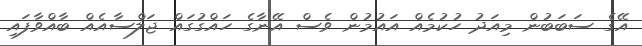
އޭގެ ސަބަބުން މިއަދު ހުކުމެއް އައުމުން ވެސް އޭނާގެ ހައްގުގައް ޖަލްސާއެއް ބާއްވާފައި